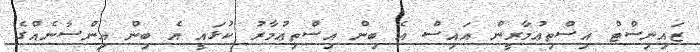
ޒައިނިސްޓް އިސްތިޢުމާރީން އައިސް އެ ބިން އިސްތިޢުމާރު ކުޅައީ އެ ބިން އިންސާނެއްގެ